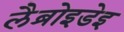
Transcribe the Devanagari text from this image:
लैब्रोइडेइ